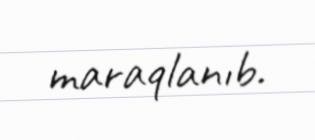
maraqlanıb.